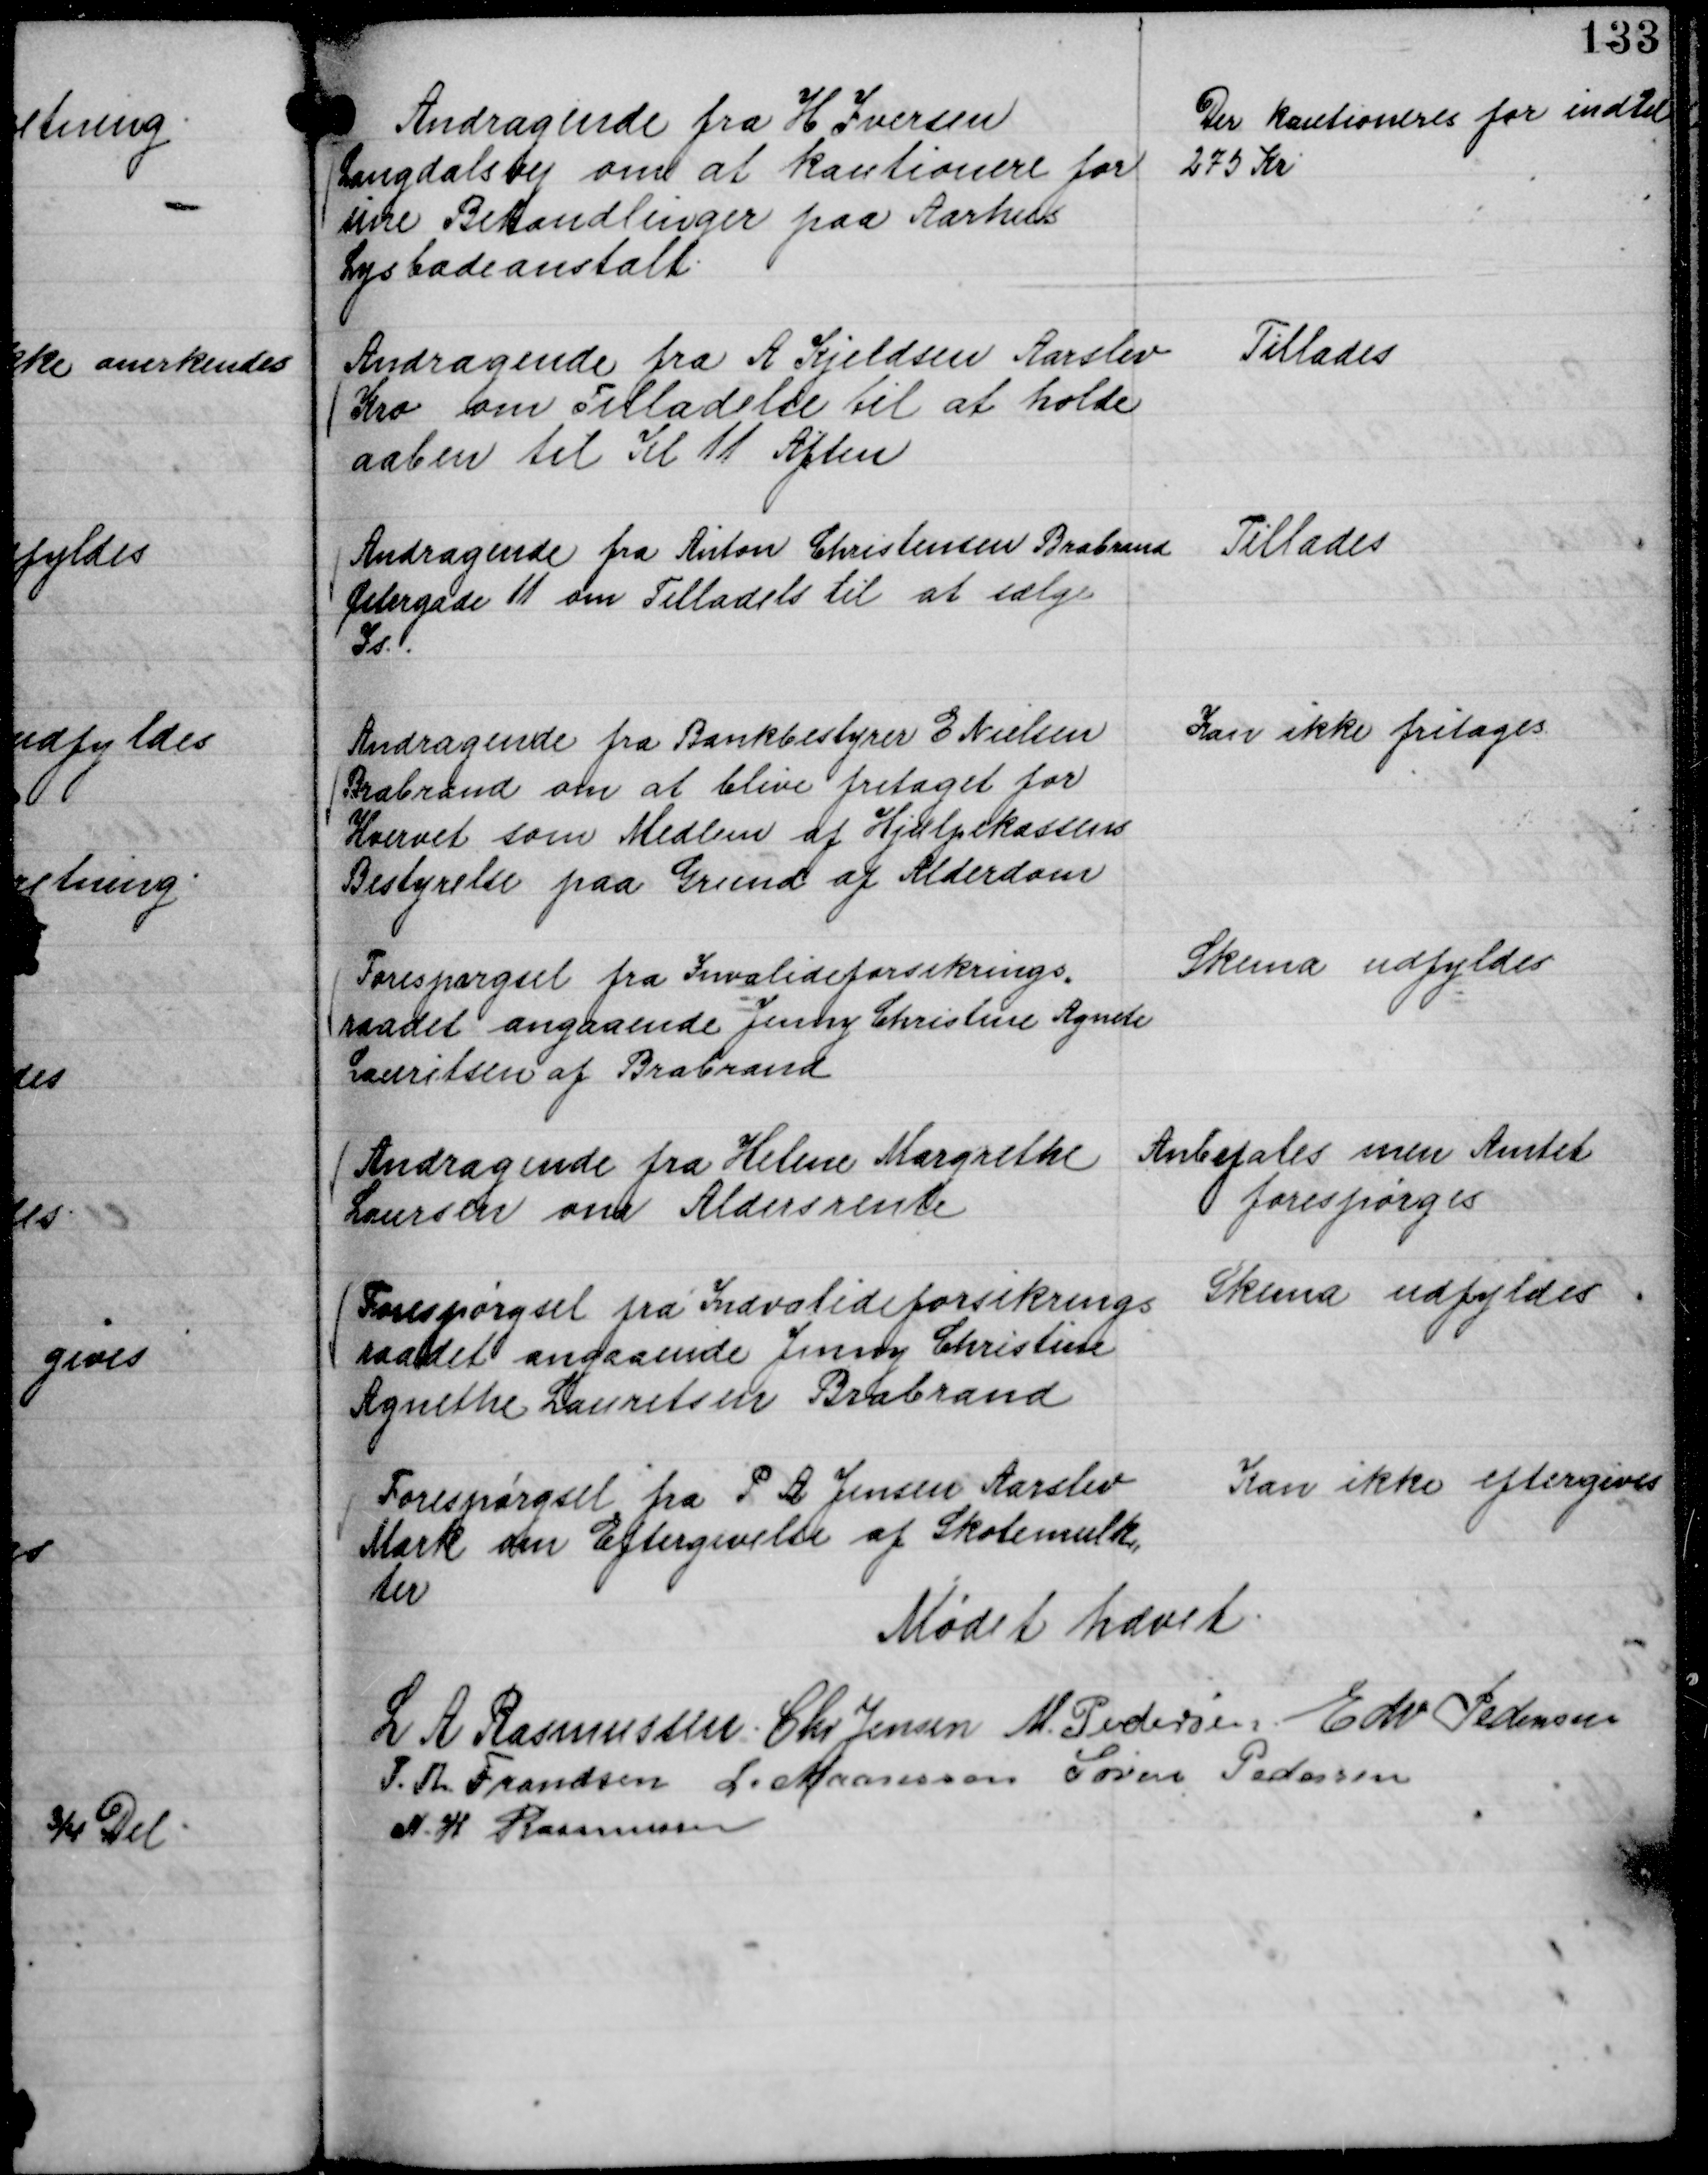
Transskription:
Andragende fra H Iversen
Langdalsvej om at kautionere for
sine Behandlinger paa Aarhus
Lysbadeanstalt.

Der kautioneres for indtil
275 Kr

Andragende fra A Kjeldsen Aarslev
Kro om Tilladelse til at holde 
aaben til Kl 11 Aften

Tillades

Andragende fra Anton Christensen Brabrand
Østergade 11 om Tilladels til at sælge
Is.

Tillades

Andragende fra Bankbestyrer E Nielsen
Brabrand om at blive fritaget for
Hvervet som Medlem di Hjælpekassens
Bestyrelse paa Grund af Alderdom

Kan ikke fritages

Forespørgsel fra Invalideforsikrings,,
raadet angaaende Jenny Christine Agnete 
Lauritsen af Brabrand

Skema udfyldes

Andragende fra Helene Margrethe
Laursen om Aldersrente

Anbetales men Amtet 
forespørges

Forespørgset fra Invalideforsikrings
raadet angaaende Jenny Christine
Agnethe Lauritsen Brabrand

Skema udfyldes.

Forespørgsel fra P A Jensen Aarslev
Mark om Eftergivelse af Skolemulk,,
ter

Kan ikke eftergives

Mødet hævet. 
L A Rasmussen.
Chr Jensen
M. Pedersen
Edv Pedersen
P. Th. Frandsen
L. Maansson
Søren Pedersen
N. H Rasmussen